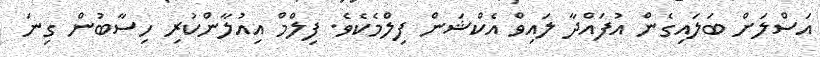
އަސްލަށް ބަލައިގެން އުފައްދާ ލައިވް އެކްޝަން ފިލްމެކެވެ. ފިލްމް އިއުލާންކުރި ހިސާބުން ގިނަ